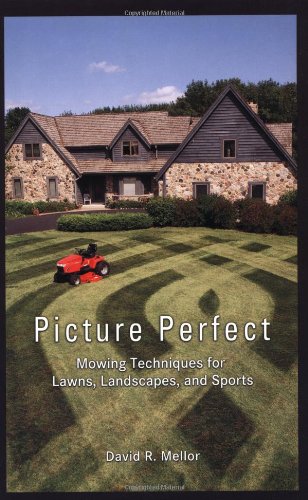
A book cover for Picture Perfect: Mowing Techniques for Lawns, Landscapes, and Sports; David R. Mellor; Crafts, Hobbies & Home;